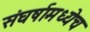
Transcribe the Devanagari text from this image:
संघर्षामध्येच